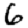
Digit: 6